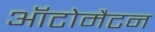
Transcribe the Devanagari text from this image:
ऑटोमैटन